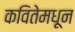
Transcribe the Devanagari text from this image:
कवितेमधून